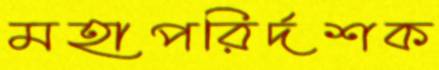
মহাপরির্দশক